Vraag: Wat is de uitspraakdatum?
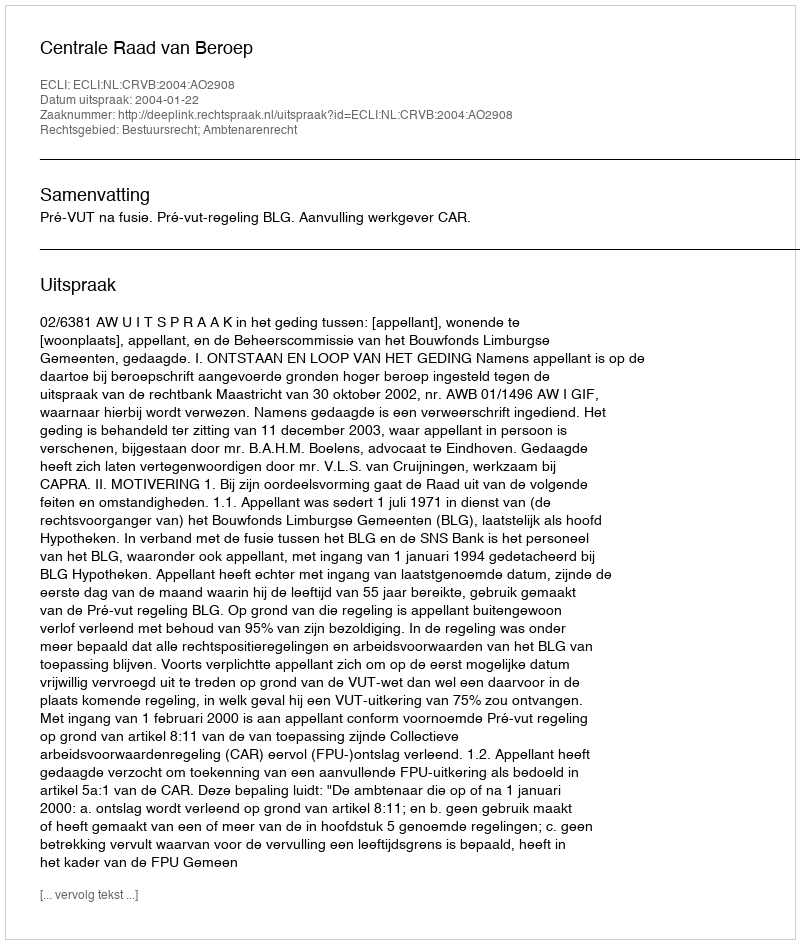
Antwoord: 2004-01-22